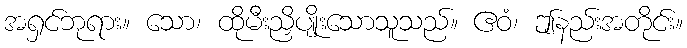
အရှင်ဘုရား။ သော၊ ထိုမီးညှိပျိုးသောသူသည်။ ဧဝံ၊ ဤနည်းအတိုင်း။